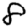
Digit: 8